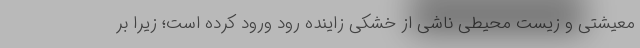
معیشتی و زیست محیطی ناشی از خشکی زاینده رود ورود کرده است؛ زیرا بر